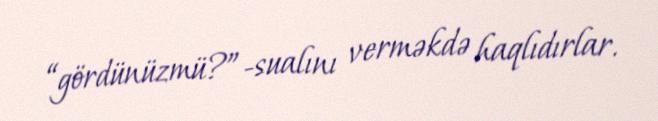
“gördünüzmü?”-sualını verməkdə haqlıdırlar.